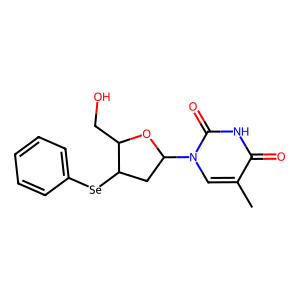
SMILES: Cc1cn(C2CC([Se]c3ccccc3)C(CO)O2)c(=O)[nH]c1=O
Inhibits HIV replication: No